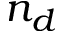
n _ { d }